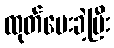
ထုတ်ပေးခဲ့ပြီး